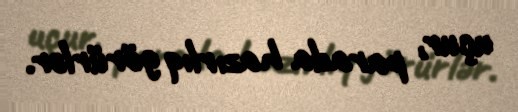
uçur, parada hazırlıq görürlər.